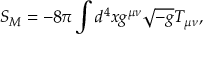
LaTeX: S _ { M } = - 8 \pi \int d ^ { 4 } x g ^ { \mu \nu } \sqrt { - g } T _ { \mu \nu } ,